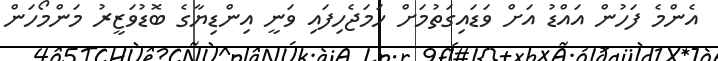
އެންމެ ފަހުން އައްޑު އަށް ވަޑައިގަތުމަށް ހަމަޖެހިފައި ވަނީ އިންޑިޔާގެ ބޮޑުވަޒީރު މަންމޯހަން